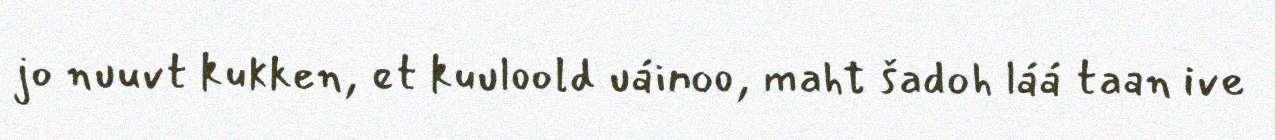
jo nuuvt kukken, et kuuloold uáinoo, maht šadoh láá taan ive